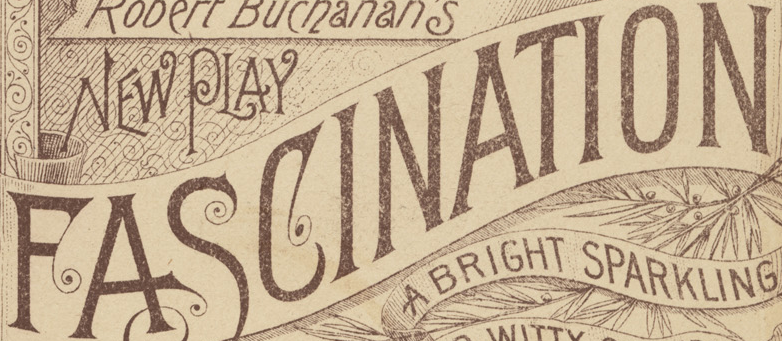
FASCINATION